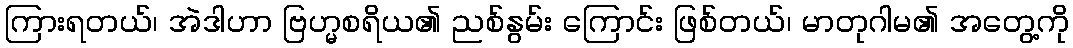
ကြားရတယ်၊ အဲဒါဟာ ဗြဟ္မစရိယ၏ ညစ်နွမ်း ကြောင်း ဖြစ်တယ်၊ မာတုဂါမ၏ အတွေ့ကို